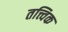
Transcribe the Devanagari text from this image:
तत्त्विक